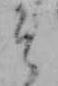
そ